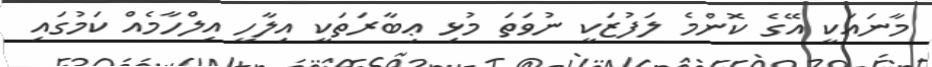
މާނައަކީ އޭގެ ކޮންމެ ލަފުޒަކީ ނުވަތަ މުޅި ޢިބާރަތަކީ އިލާހީ އިލްހާމެއް ކަމުގައި